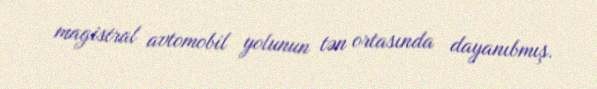
magistral avtomobil yolunun tən ortasında dayanıbmış.